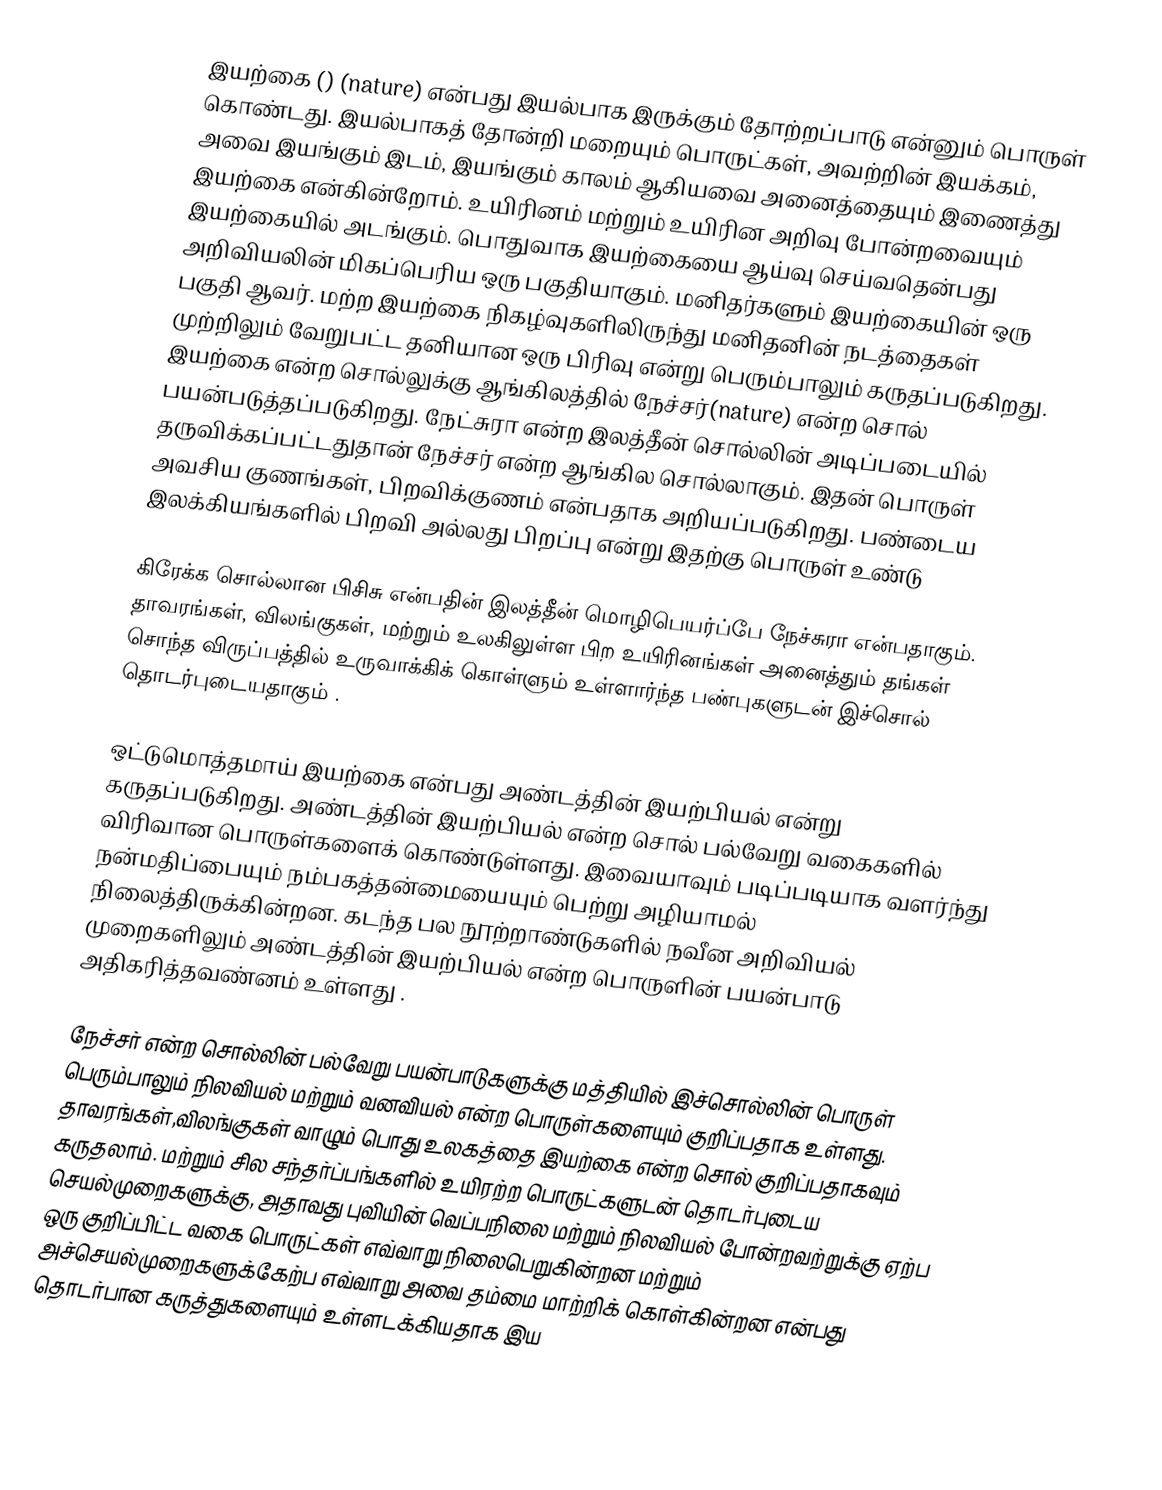
இயற்கை () (nature) என்பது இயல்பாக இருக்கும் தோற்றப்பாடு என்னும் பொருள் கொண்டது. இயல்பாகத் தோன்றி மறையும் பொருட்கள், அவற்றின் இயக்கம், அவை இயங்கும் இடம், இயங்கும் காலம் ஆகியவை அனைத்தையும் இணைத்து இயற்கை என்கின்றோம். உயிரினம் மற்றும் உயிரின அறிவு போன்றவையும் இயற்கையில் அடங்கும். பொதுவாக இயற்கையை ஆய்வு செய்வதென்பது அறிவியலின் மிகப்பெரிய ஒரு பகுதியாகும். மனிதர்களும் இயற்கையின் ஒரு பகுதி ஆவர். மற்ற இயற்கை நிகழ்வுகளிலிருந்து மனிதனின் நடத்தைகள் முற்றிலும் வேறுபட்ட தனியான ஒரு பிரிவு என்று பெரும்பாலும் கருதப்படுகிறது. இயற்கை என்ற சொல்லுக்கு ஆங்கிலத்தில் நேச்சர்(nature) என்ற சொல் பயன்படுத்தப்படுகிறது. நேட்சுரா என்ற இலத்தீன் சொல்லின் அடிப்படையில் தருவிக்கப்பட்டதுதான் நேச்சர் என்ற ஆங்கில சொல்லாகும். இதன் பொருள் அவசிய குணங்கள், பிறவிக்குணம் என்பதாக அறியப்படுகிறது. பண்டைய இலக்கியங்களில் பிறவி அல்லது பிறப்பு என்று இதற்கு பொருள் உண்டு

கிரேக்க சொல்லான பிசிசு என்பதின் இலத்தீன் மொழிபெயர்ப்பே நேச்சுரா என்பதாகும். தாவரங்கள், விலங்குகள், மற்றும் உலகிலுள்ள பிற உயிரினங்கள் அனைத்தும் தங்கள் சொந்த விருப்பத்தில் உருவாக்கிக் கொள்ளும் உள்ளார்ந்த பண்புகளுடன் இச்சொல் தொடர்புடையதாகும் .

ஒட்டுமொத்தமாய் இயற்கை என்பது அண்டத்தின் இயற்பியல் என்று கருதப்படுகிறது. அண்டத்தின் இயற்பியல் என்ற சொல் பல்வேறு வகைகளில் விரிவான பொருள்களைக் கொண்டுள்ளது. இவையாவும் படிப்படியாக வளர்ந்து நன்மதிப்பையும் நம்பகத்தன்மையையும் பெற்று  அழியாமல் நிலைத்திருக்கின்றன. கடந்த பல நூற்றாண்டுகளில் நவீன அறிவியல் முறைகளிலும் அண்டத்தின் இயற்பியல் என்ற பொருளின் பயன்பாடு அதிகரித்தவண்னம் உள்ளது .

நேச்சர் என்ற சொல்லின் பல்வேறு பயன்பாடுகளுக்கு மத்தியில் இச்சொல்லின் பொருள்  பெரும்பாலும் நிலவியல் மற்றும் வனவியல் என்ற பொருள்களையும் குறிப்பதாக உள்ளது. தாவரங்கள்,விலங்குகள் வாழும் பொது உலகத்தை இயற்கை என்ற சொல் குறிப்பதாகவும் கருதலாம். மற்றும் சில சந்தர்ப்பங்களில்   உயிரற்ற பொருட்களுடன் தொடர்புடைய செயல்முறைகளுக்கு,  அதாவது புவியின் வெப்பநிலை மற்றும் நிலவியல் போன்றவற்றுக்கு ஏற்ப ஒரு குறிப்பிட்ட வகை பொருட்கள் எவ்வாறு நிலைபெறுகின்றன மற்றும் அச்செயல்முறைகளுக்கேற்ப எவ்வாறு அவை தம்மை மாற்றிக் கொள்கின்றன என்பது தொடர்பான கருத்துகளையும் உள்ளடக்கியதாக இய